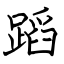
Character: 蹈